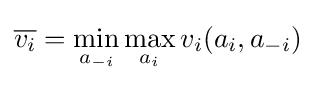
{\overline {v_{i}}}=\min _{a_{-i}}\max _{a_{i}}{v_{i}(a_{i},a_{-i})}